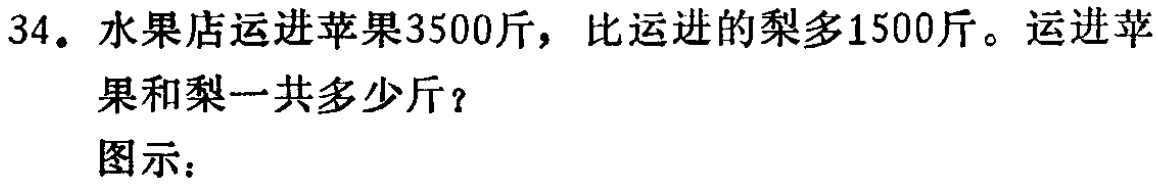
34. 水果店运进苹果3500斤，比运进的梨多1500斤。运进苹果和梨一共多少斤？

图示：